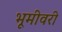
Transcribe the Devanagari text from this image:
भूमीवरी